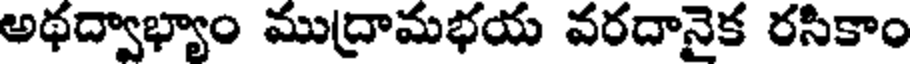
అథద్వాభ్యాం ముద్రామభయ వరదానైక రసికాం